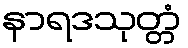
နာရဒသုတ္တံ